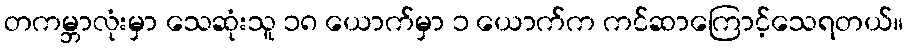
တကမ္ဘာလုံးမှာ သေဆုံးသူ ၁၈ ယောက်မှာ ၁ ယောက်က ကင်ဆာကြောင့်သေရတယ်။